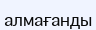
алмағанды